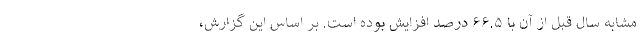
مشابه سال قبل از آن با ۶۶.۵ درصد افزایش بوده است. بر اساس این گزارش،